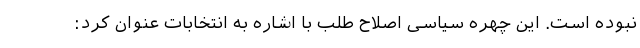
نبوده است. این چهره سیاسی اصلاح طلب با اشاره به انتخابات عنوان کرد: